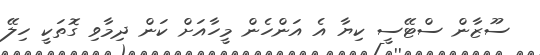
ސޫޒާން ސްޓޭސީ ކިޔާ އެ އަންހެން މީހާއަށް ކަން ދިމާވި ގޮތަކީ ހިލޭ